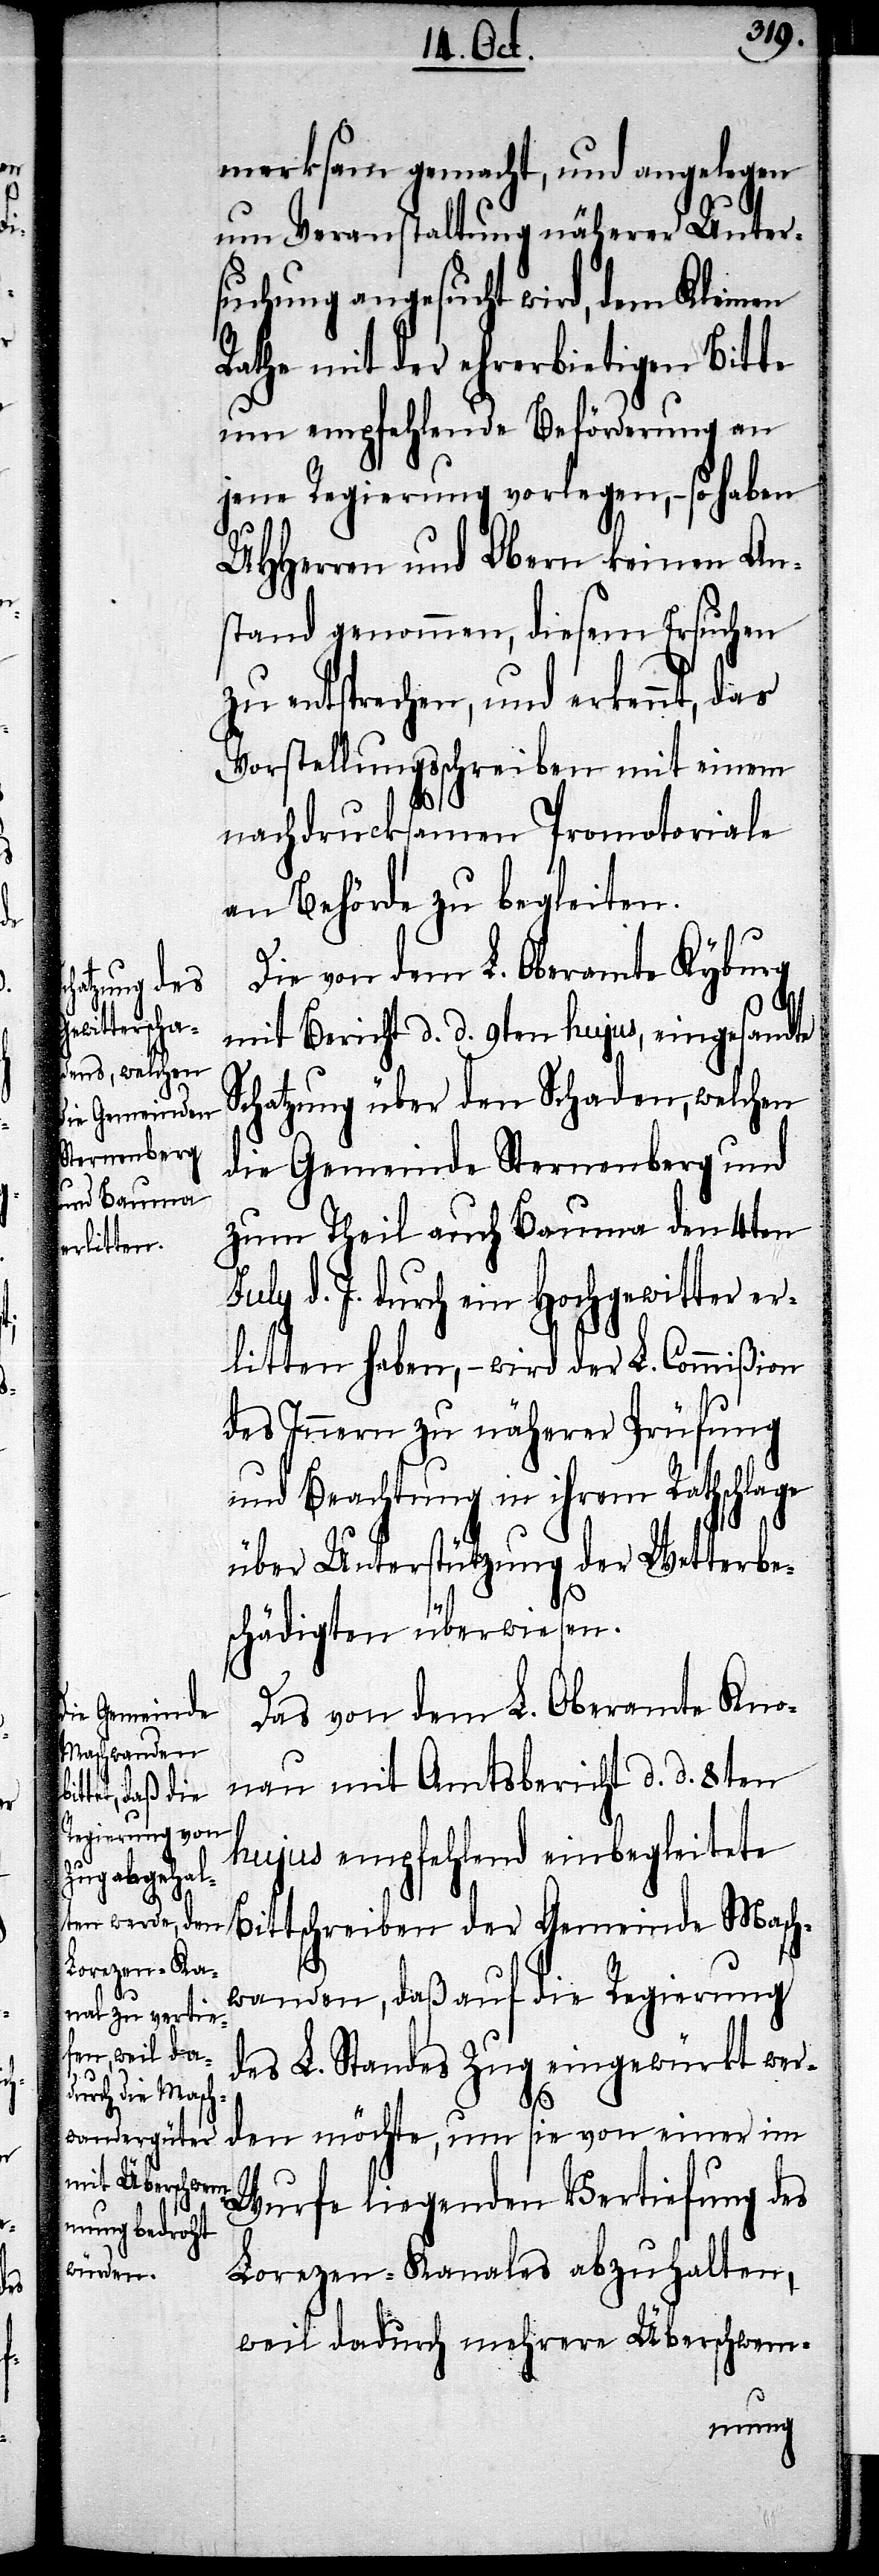
merksam gemacht, und angelegen
um Veranstaltung näherer Unter¬
suchung angesucht wird, dem Kleinen
Rathe mit der ehrerbietigen Bitte
um empfehlende Beförderung an
jene Regierung vorlegen, – so haben
UHHerren und Obern keinen An¬
stand genommen, diesem Ersuchen
zu entsprechen, und erkennt, das
Vorstellungsschreiben mit einem
nachdrucksamen Promotoriale
an Behörde zu begleiten.
Die von dem L. Oberamte Kyburg
mit Bericht d. d. 9ten hujus, eingesandte
Schatzung über den Schaden, welchen
die Gemeinde Sternenberg und
zum Theil auch Bauma den 4ten
July d. J. durch ein Hochgewitter er¬
litten haben, – wird der L. Commißion
des Innern zu näherer Prüfung
und Beachtung in ihrem Rathschlage
über Unterstützung der Wetterbe¬
schädigten überwiesen.
Das von dem L. Oberamte Kno¬
nau mit Amtsbericht d. d. 8ten
hujus empfehlend einbegleitete
Bittschreiben der Gemeinde Masch¬
wanden, daß auf die Regierung
des L. Standes Zug eingewürkt wer¬
den möchte, um sie von einer im
Wurfe liegenden Vertiefung des
Lorezen-Kanals abzuhalten,
weil dadurch mehrere Überschwem-